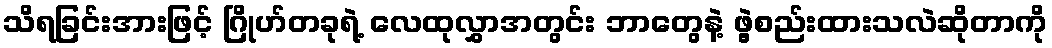
သိရခြင်းအားဖြင့် ဂြိုဟ်တခုရဲ့ လေထုလွှာအတွင်း ဘာတွေနဲ့ ဖွဲ့စည်းထားသလဲဆိုတာကို